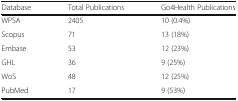
<table><thead><tr><td><b>Database</b></td><td><b>Total Publications</b></td><td><b>Go4Health Publications</b></td></tr></thead><tbody><tr><td>WPSA</td><td>2405</td><td>10 (0.4%)</td></tr><tr><td>Scopus</td><td>71</td><td>13 (18%)</td></tr><tr><td>Embase</td><td>53</td><td>12 (23%)</td></tr><tr><td>GHL</td><td>36</td><td>9 (25%)</td></tr><tr><td>WoS</td><td>48</td><td>12 (25%)</td></tr><tr><td>PubMed</td><td>17</td><td>9 (53%)</td></tr></tbody></table>